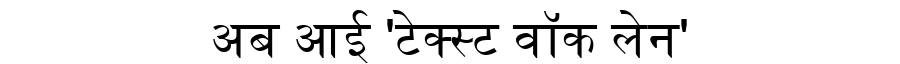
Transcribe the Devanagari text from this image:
अब आई 'टेक्स्ट वॉक लेन'